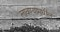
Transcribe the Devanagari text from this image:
लावण्यांमधील